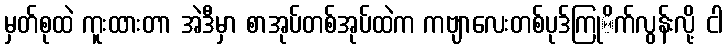
မှတ်စုထဲ ကူးထားတာ အဲဒီမှာ စာအုပ်တစ်အုပ်ထဲက ကဗျာလေးတစ်ပုဒ်ကြုိက်လွန်းလို့ ငါ